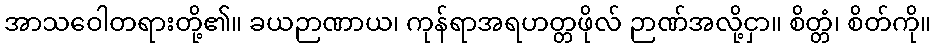
အာသဝေါတရားတို့၏။ ခယဉာဏာယ၊ ကုန်ရာအရဟတ္တဖိုလ် ဉာဏ်အလို့ငှာ။ စိတ္တံ၊ စိတ်ကို။